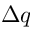
\Delta q